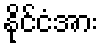
နိုင်ငံအား